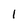
Character: 1